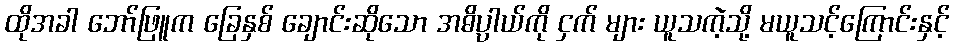
ထိုအခါ ဘော်ဖြူက ခြေနှစ် ချောင်းဆိုသော အဓိပ္ပါယ်ကို ငှက် များ ယူသကဲ့သို့ မယူသင့်ကြောင်းနှင့်